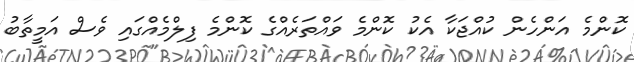
ކޮންމެ އަންހެން ކުއްޖަކާ އެކު ކޮންމެ ވައްތަރެއްގެ ކޮންމެ ފިލްމެއްގައި ވެސް އަމީތާބު